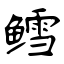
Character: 鳕